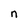
Character: n